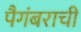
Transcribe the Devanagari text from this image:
पैगंबराची